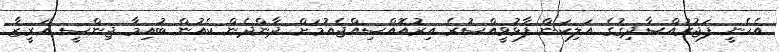
އެހެނީ ފަޖުރުއްޞާދިޤުގެ އަލިކަން ފާޅުވީއްސުރެ އިރުއޮއްސިއްޖެއުމަށް ދާންދެން ކެއުން ބުއިމާ ޖިންސީ ޣަރީޒާ